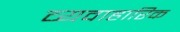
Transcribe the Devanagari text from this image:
व्यवाहारिक